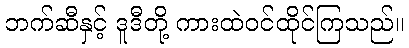
ဘက်ဆီနှင့် ဒူဒီတို့ ကားထဲဝင်ထိုင်ကြသည်။